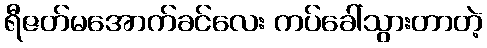
ရီဇတ်မအောက်ခင်လေး ကပ်ခေါ်သွားတာတဲ့